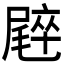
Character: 𡳝